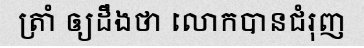
ត្រាំ ឲ្យដឹងថា លោកបានជំរុញ